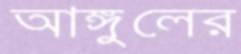
আঙ্গুলের